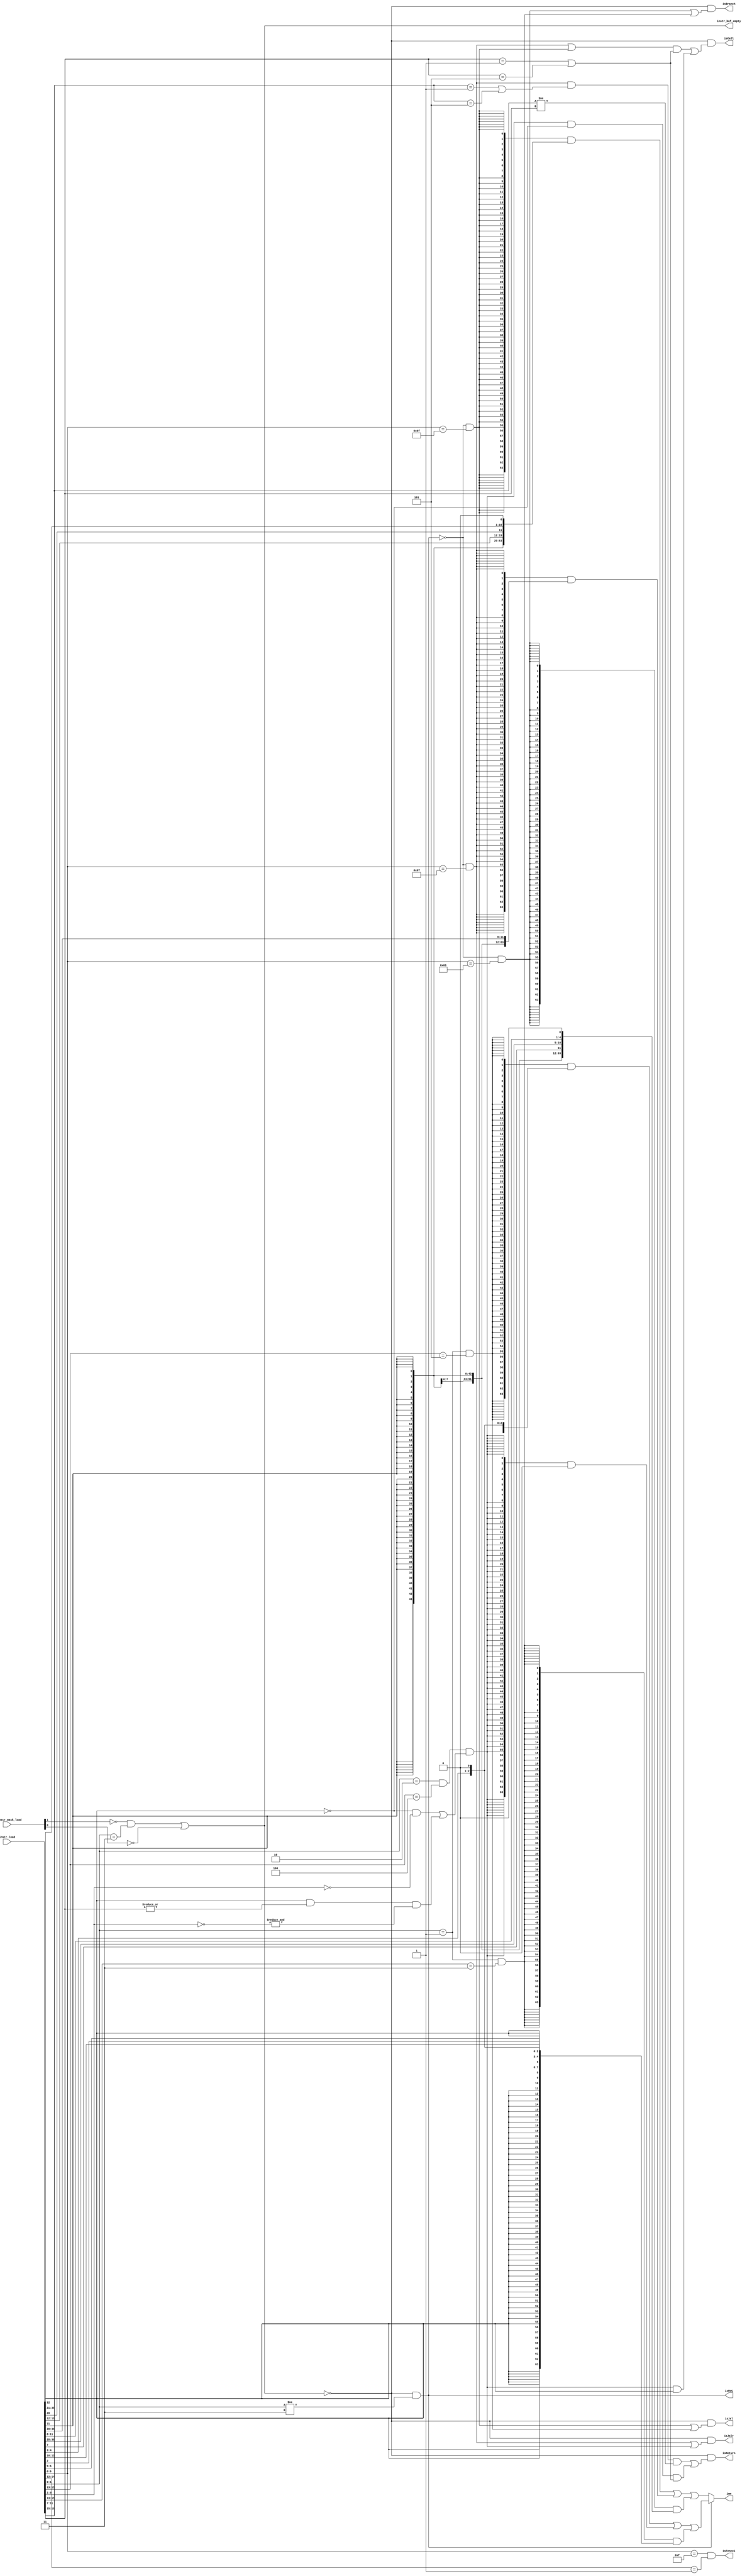
// This program was cloned from: https://github.com/whutddk/RiftCore
// License: Apache License 2.0

/*
* @File name: preDecode
* @Author: Ruige Lee
* @Email: wut.ruigeli@gmail.com
* @Date:   2021-01-05 16:23:28
* @Last Modified by:   Ruige Lee
* @Last Modified time: 2021-03-11 11:04:35
*/


/*
  Copyright (c) 2020 - 2021 Ruige Lee <wut.ruigeli@gmail.com>

   Licensed under the Apache License, Version 2.0 (the "License");
   you may not use this file except in compliance with the License.
   You may obtain a copy of the License at

       http://www.apache.org/licenses/LICENSE-2.0

   Unless required by applicable law or agreed to in writing, software
   distributed under the License is distributed on an "AS IS" BASIS,
   WITHOUT WARRANTIES OR CONDITIONS OF ANY KIND, either express or implied.
   See the License for the specific language governing permissions and
   limitations under the License.
*/



`timescale 1 ns / 1 ps




module preDecode (
	input [255:0] instr_load,
	input [15:0] iq_instr_mask_load,

	output instr_buf_empty,
	output isJal,
	output isJalr,
	output isBranch,
	output isCall,
	output isReturn,
	output isRVC,
	output isFencei,
	output [63:0] imm
);

	assign instr_buf_empty = ((iq_instr_mask_load[1] != 1'b1) & instr_load[1:0] == 2'b11)
							|
							((iq_instr_mask_load[0] != 1'b1) );

	wire [31:0] instr = instr_load[31:0];

	assign isRVC = ~instr_buf_empty & (instr[1:0] != 2'b11);

	wire isIJal = ~isRVC & (instr[6:0] == 7'b1101111);			
	wire isCJal =	 instr[1:0] == 2'b01 & instr[15:13] == 3'b101;

	wire isIJalr = ~isRVC & (instr[6:0] == 7'b1100111);
	wire isCJalr = (instr[1:0] == 2'b10 & instr[15:13] == 3'b100)
					&
					(
						(~instr[12] & (instr[6:2] == 0)) 
						| 
						( instr[12] & (|instr[11:7]) & (&(~instr[6:2])))
					);

	wire isIBranch = ~isRVC & (instr[6:0] == 7'b1100011);
	wire isCBranch = instr[1:0] == 2'b01 & instr[15:14] == 2'b11;

	wire isICall = (isIJalr | isIJal) & ((instr[11:7] == 5'd1) | instr[11:7] == 5'd5);
	wire isCCall = isCJalr & instr[12];

	wire isIReturn = isIJalr & ((instr[19:15] == 5'd1) | instr[19:15] == 5'd5)
									& (instr[19:15] != instr[11:7]);

	wire isCReturn = isCJalr & ~instr[12]
							& ((instr[11:7] == 5'd1) | (instr[11:7] == 5'd5));


	wire [63:0] Iimm = 
		({64{isIJal}} & {{44{instr[31]}},instr[19:12],instr[20],instr[30:21],1'b0})
		|
		({64{isIJalr}} & {{52{instr[31]}},instr[31:20]})
		|
		({64{isIBranch}} & {{52{instr[31]}},instr[7],instr[30:25],instr[11:8],1'b0});

	wire [63:0] Cimm = 
		({64{isCJal}} & {{52{instr[12]}}, instr[12], instr[8], instr[10:9], instr[6], instr[7], instr[2], instr[11], instr[5:3], 1'b0})
		|
		({64{isCJalr}} & 64'b0)
		|
		({64{isCBranch}} & {{55{instr[12]}}, instr[12], instr[6:5], instr[2], instr[11:10], instr[4:3], 1'b0});

	assign isJal = ~instr_buf_empty & (isIJal | isCJal); 
	assign isJalr = ~instr_buf_empty & (isIJalr | isCJalr);
	assign isBranch = ~instr_buf_empty & (isIBranch | isCBranch);
	assign isCall = ~instr_buf_empty & (isICall | isCCall);
	assign isReturn = ~instr_buf_empty & (isIReturn | isCReturn);

	assign isFencei = (instr[6:0] == 7'b0001111) & (instr[14:12] == 3'b001);

	assign imm = isRVC ? Cimm : Iimm;


endmodule